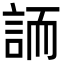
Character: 䛔